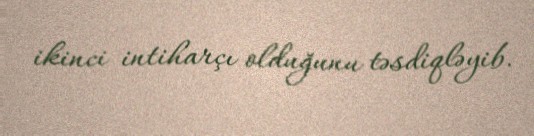
ikinci intiharçı olduğunu təsdiqləyib.